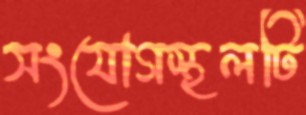
সংযোগস্থলটি